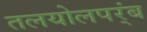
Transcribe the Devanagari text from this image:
तलयोलपर्ंब